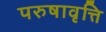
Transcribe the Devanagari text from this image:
परुषावृत्ति